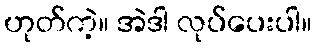
ဟုတ်ကဲ့။ အဲဒါ လုပ်ပေးပါ။